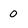
Character: 0